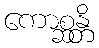
ကောစ္ဆန္တိ